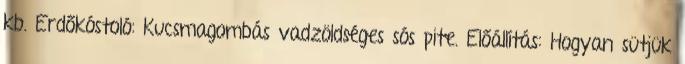
kb. Erdőkóstoló: Kucsmagombás vadzöldséges sós pite. Előállítás: Hogyan sütjük